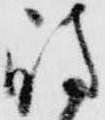
島